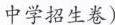
中学招生卷)